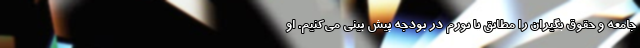
جامعه و حقوق بگیران را مطابق با تورم در بودجه پیش بینی می‌کنیم. او